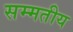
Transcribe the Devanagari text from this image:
सम्मतीय